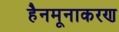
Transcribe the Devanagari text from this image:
हैनमूनाकरण